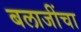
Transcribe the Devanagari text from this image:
बलाजींचा